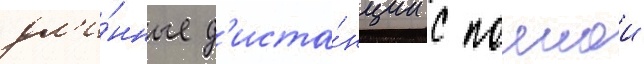
дл'и́нные д'иста́нции с полнои